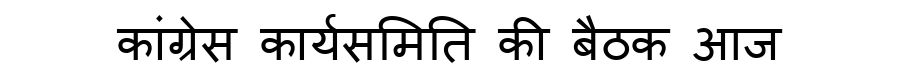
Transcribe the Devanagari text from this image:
कांग्रेस कार्यसमिति की बैठक आज